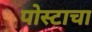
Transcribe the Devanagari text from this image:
पोस्टाचा